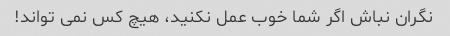
نگران نباش اگر شما خوب عمل نکنید، هیچ کس نمی تواند!